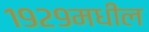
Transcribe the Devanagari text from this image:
१९२९मधील